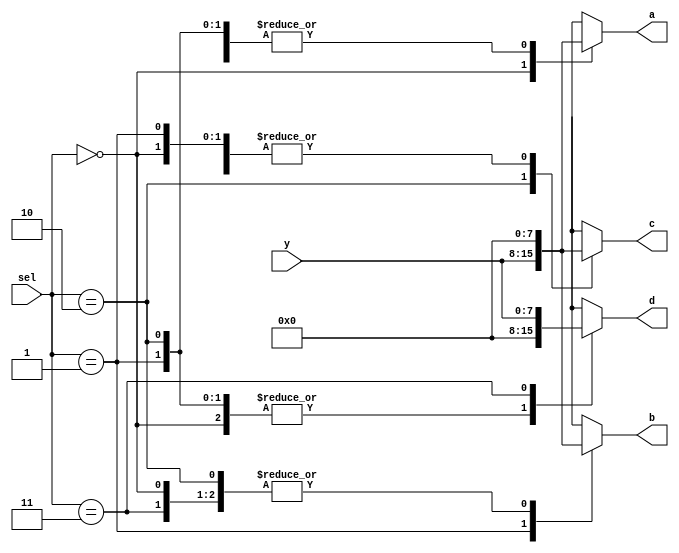

module demux_nbit_x4
    // Parameters section
  #( parameter BUS_WIDTH = 8)
    // Ports section
  ( input [BUS_WIDTH-1:0] y,
    input [1:0] sel,
    output reg [BUS_WIDTH-1:0] a,
    output reg [BUS_WIDTH-1:0] b,
    output reg [BUS_WIDTH-1:0] c,
    output reg [BUS_WIDTH-1:0] d
  );
  
  always @(*) begin
    a = 0; b = 0; c = 0; d = 0;
    case (sel)
        2'd0 :  begin a = y; end
        2'd1 :  begin b = y; end
        2'd2 :  begin c = y; end
        2'd3 :  begin d = y; end
        default: begin a = y; end
    endcase
  end
  
endmodule


`timescale 1us/1ns

module tb_demux_nbit_x4(
    // no inputs here ;)
    );
	
    parameter BUS_WIDTH = 8;
    wire [BUS_WIDTH-1:0] a;
    wire [BUS_WIDTH-1:0] b;
    wire [BUS_WIDTH-1:0] c;
    wire [BUS_WIDTH-1:0] d;
    reg [1:0] sel;
    reg [BUS_WIDTH-1:0] y;
   
    integer i;

    // Instantiate the DUT 
    demux_nbit_x4
        #(.BUS_WIDTH(BUS_WIDTH))
      DEMUX0 ( 
        .y(y),
        .sel(sel),
        .a(a),
        .b(b),
        .c(c),
        .d(d)
    );
  
    // Create stimulus
    initial begin
        $monitor($time, " sel = %d, y = %d, a = %d, b = %d, c = %d, d = %d", 
                 sel, y, a, b, c, d);
        #1; sel = 0; y = 0;
        for (i = 0; i<8; i=i+1) begin
            #1; sel =  i%4; y = $urandom;
        end
    end
  
endmodule